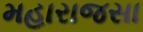
મહારાજસા